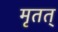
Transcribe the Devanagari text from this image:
मृतत्